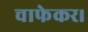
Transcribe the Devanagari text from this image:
चाफेकर।